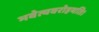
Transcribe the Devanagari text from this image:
भवेत्यवरोहयति।